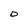
Character: O